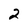
Character: 2